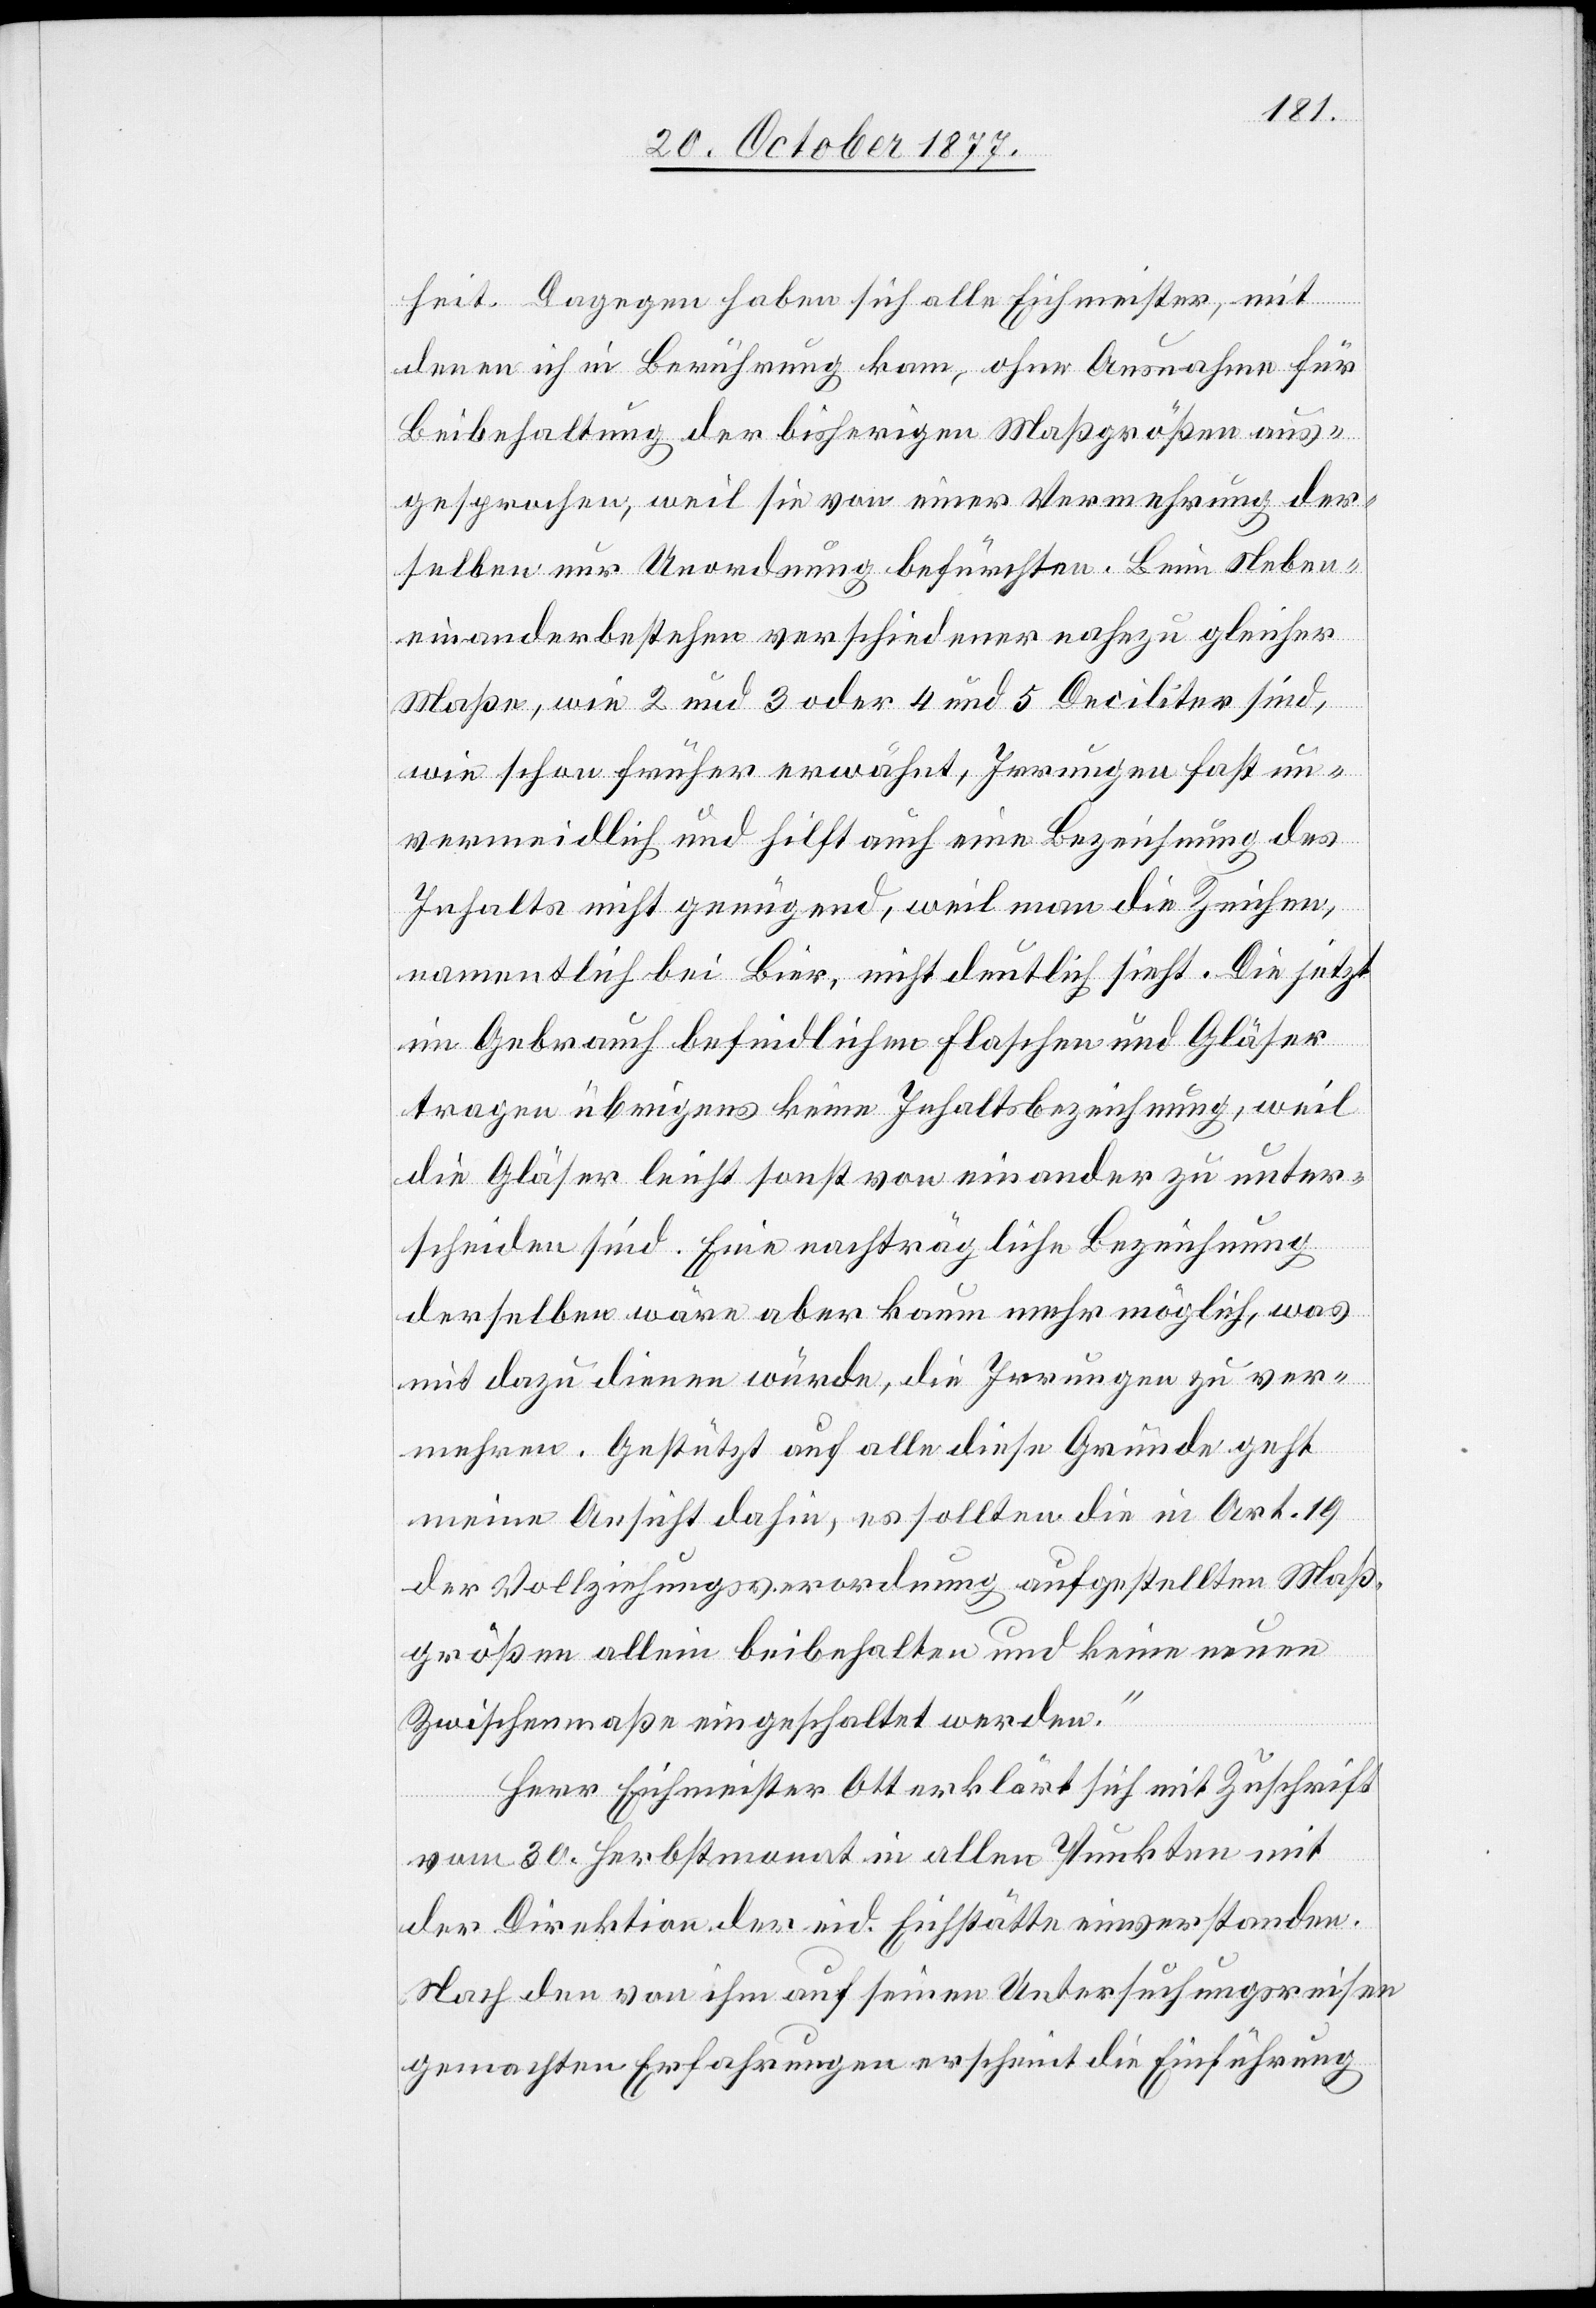
heit. Dagegen haben sich alle Eichmeister, mit
denen ich in Berührung kam, ohne Ausnahme für
Beibehaltung der bisherigen Maßgrößen aus¬
gesprochen, weil sie von einer Vermehrung der¬
selben nur Unordnung befürchten. Beim Neben¬
einanderbestehen verschiedener nahezu gleicher
Maße, wie 2 und 3 oder 4 und 5 Deciliter sind,
wie schon früher erwähnt, Irrungen fast un¬
vermeidlich und hilft auch eine Bezeichnung des
Inhalts nicht genügend, weil man die Zeichen,
namentlich bei Bier, nicht deutlich sieht. Die jetzt
im Gebrauch befindlichen Flaschen und Gläser
tragen übrigens keine Inhaltsbezeichnung, weil
die Gläser leicht sonst von einander zu unter¬
scheiden sind. Eine nachträgliche Bezeichnung
derselben wäre aber kaum mehr möglich, was
mit dazu dienen würde, die Irrungen zu ver¬
mehren. Gestützt auf alle diese Gründe geht
meine Ansicht dahin, es sollten die in Art. 19
der Vollziehungsverordnung aufgestellten Maß¬
größen allein beibehalten und keine neuen
Zwischenmaße eingeschaltet werden.“
Herr Eichmeister Ott erklärt sich mit Zuschrift
vom 30. Herbstmonat in allen Punkten mit
der Direktion der eid. Eichstätte einverstanden.
Nach den von ihm auf seinen Untersuchungsreisen
gemachten Erfahrungen erscheint die Einführung